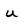
Character: u